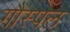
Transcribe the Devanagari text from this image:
गौस्पल